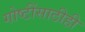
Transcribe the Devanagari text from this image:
गोष्टींसाठीही